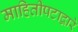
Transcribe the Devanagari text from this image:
माहितीपटाद्वारे